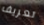
تعريف